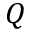
Q